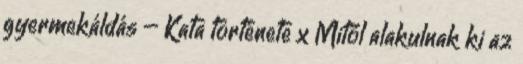
gyermekáldás – Kata története x Mitől alakulnak ki az